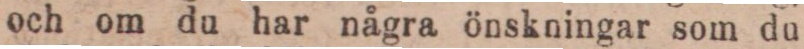
och om du har några önskningar som du